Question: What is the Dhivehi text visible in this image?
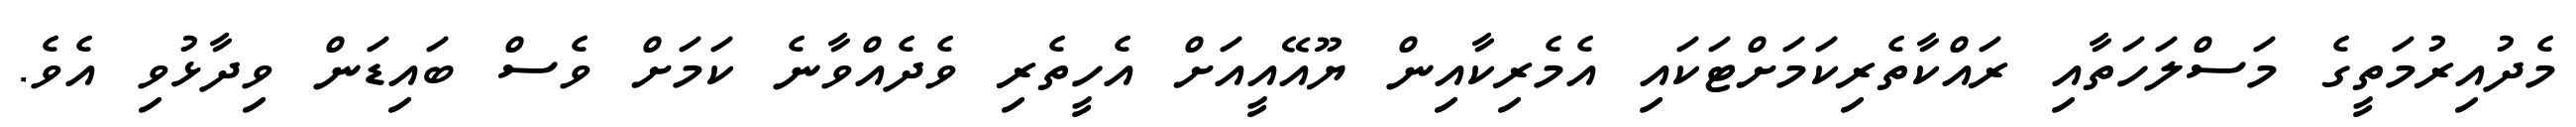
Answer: މެދުއިރުމަތީގެ މަސްލަހަތާއި ރައްކާތެރިކަމަށްޓަކައި އެމެރިކާއިން ޔޫއޭއީއަށް އެހީތެރި ވެދެއްވާނެ ކަމަށް ވެސް ބައިޑަން ވިދާޅުވި އެވެ.